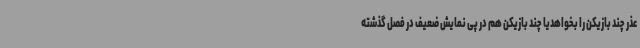
عذر چند بازیکن را بخواهدیا چند بازیکن هم در پی نمایش ضعیف در فصل گذشته